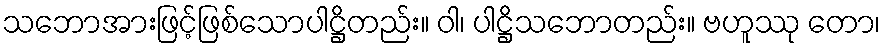
သဘောအားဖြင့်ဖြစ်သောပါဋ္ဌိတည်း။ ဝါ၊ ပါဋ္ဌိသဘောတည်း။ ဗဟူဿု တော၊